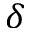
\delta